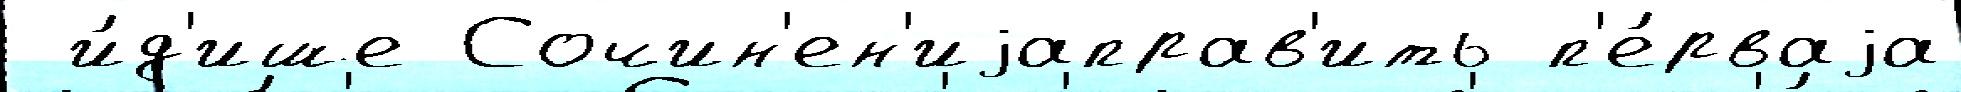
 и́д'ише Сочин'ен'иjаправ'ить п'е́рваjа